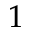
1